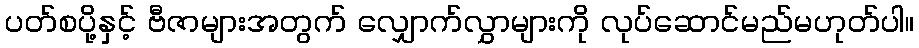
ပတ်စပို့နှင့် ဗီဇာများအတွက် လျှောက်လွှာများကို လုပ်ဆောင်မည်မဟုတ်ပါ။